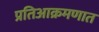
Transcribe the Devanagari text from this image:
प्रतिआक्रमणात